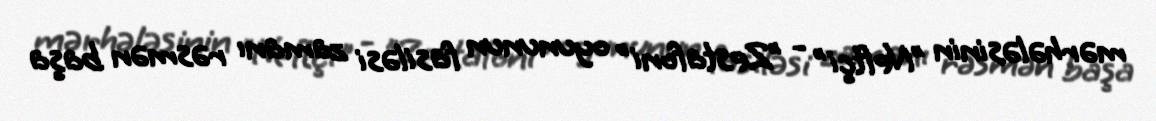
mərhələsinin "Neftçi" - "Zestafoni" oyununun fasiləsi zamanı rəsmən başa